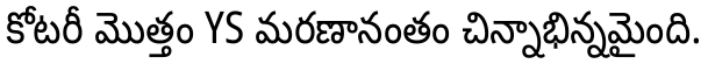
కోటరీ మొత్తం YS మరణానంతం చిన్నాభిన్నమైంది.